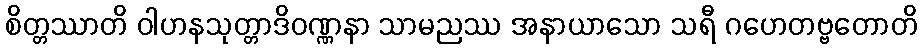
စိတ္တဿာတိ ဝါဟနသုတ္တာဒိဝဏ္ဏနာ သာမညဿ အနာယာသော သရီ ဂဟေတဗ္ဗတောတိ